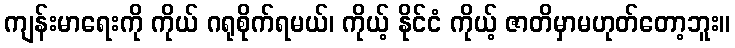
ကျန်းမာရေးကို ကိုယ် ဂရုစိုက်ရမယ်၊ ကိုယ့် နိုင်ငံ ကိုယ့် ဇာတိမှာမဟုတ်တော့ဘူး။